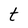
Character: t